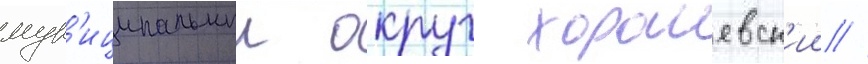
мун'иципальныи округ хорошевск'ии //